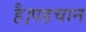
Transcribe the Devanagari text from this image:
है।पहचान